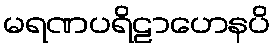
မရဏပရိဠာဟေနပိ